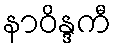
နာဝိန္ဒကီ